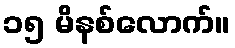
၁၅ မိနစ်လောက်။